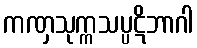
ကဏှသုက္ကသပ္ပဋိဘာဂါ